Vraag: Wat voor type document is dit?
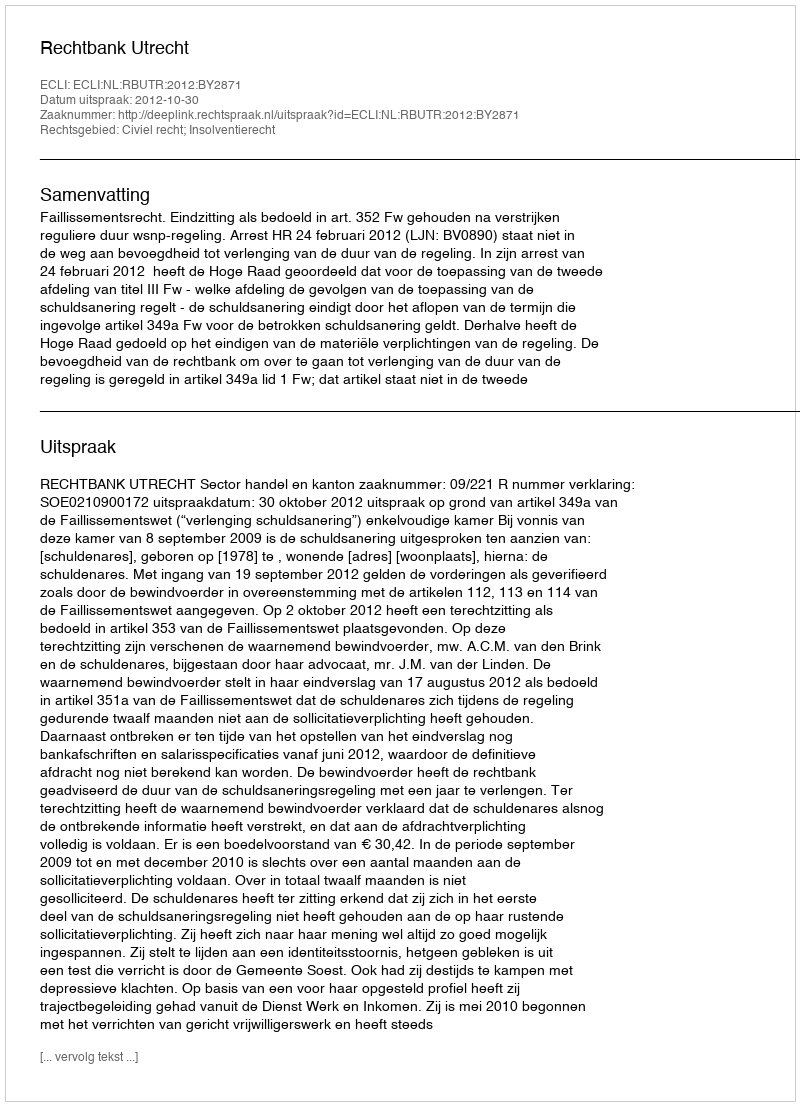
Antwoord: Uitspraak